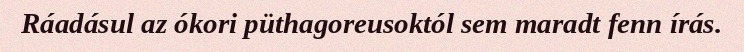
Ráadásul az ókori püthagoreusoktól sem maradt fenn írás.